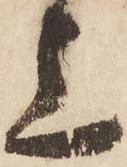
上